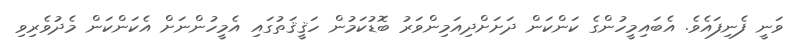
ވަނީ ފެނިފައެވެ. އެބައިމީހުންގެ ކަންކަން ދަށަށްދިއަމިންވަރު ބޮޑުކަމުން ހަޤީޤަތުގައި އެމީހުންނަށް އެކަންކަން މެދުވެރިވި